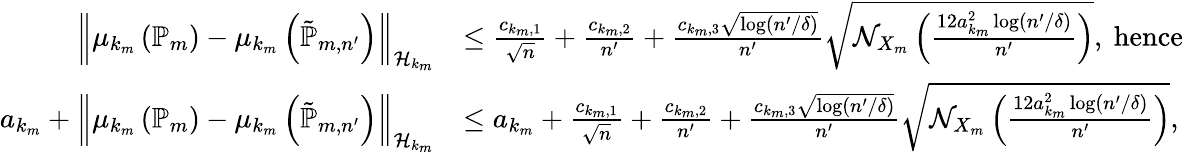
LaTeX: \begin{array}{rl}{\left\| {\mu_{k_{m}}\left(\mathbb{P}_{m}\right)-\mu_{k_{m}}\left(\tilde{\mathbb{P}}_{m,n^{\prime}}\right)}\right\| _{\mathcal{H}_{k_{m}}}}&{\le\frac{c_{k_{m},1}}{\sqrt{n}}+\frac{c_{k_{m},2}}{n^{\prime}}+\frac{c_{k_{m},3}\sqrt{\log(n^{\prime}/\delta)}}{n^{\prime}}\sqrt{\mathcal N_{X_{m}}\left(\frac{12a_{k_{m}}^{2}\log(n^{\prime}/\delta)}{n^{\prime}}\right)},\mathrm{~hence}}\\ {a_{k_{m}}+\left\| {\mu_{k_{m}}\left(\mathbb{P}_{m}\right)-\mu_{k_{m}}\left(\tilde{\mathbb{P}}_{m,n^{\prime}}\right)}\right\| _{\mathcal{H}_{k_{m}}}}&{\le a_{k_{m}}+\frac{c_{k_{m},1}}{\sqrt{n}}+\frac{c_{k_{m},2}}{n^{\prime}}+\frac{c_{k_{m},3}\sqrt{\log(n^{\prime}/\delta)}}{n^{\prime}}\sqrt{\mathcal N_{X_{m}}\left(\frac{12a_{k_{m}}^{2}\log(n^{\prime}/\delta)}{n^{\prime}}\right)},}\end{array}